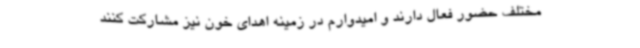
مختلف حضور فعال دارند و امیدوارم در زمینه اهدای خون نیز مشارکت کنند